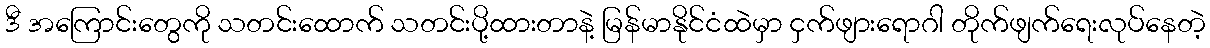
ဒီ အကြောင်းတွေကို သတင်းထောက် သတင်းပို့ထားတာနဲ့ မြန်မာနိုင်ငံထဲမှာ ငှက်ဖျားရောဂါ တိုက်ဖျက်ရေးလုပ်နေတဲ့